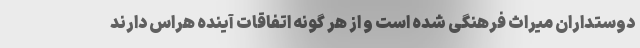
دوستداران میراث فرهنگی شده است و از هر گونه اتفاقات آینده هراس دارند